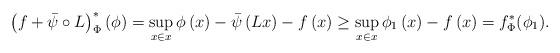
LaTeX: \begin{align*}\left(f+\bar{\psi}\circ L\right)^{*}_\Phi\left(\phi\right)=\sup_{x\in x}\phi\left(x\right)-\bar{\psi}\left(Lx\right)-f\left(x\right)\geq \sup_{x\in x}\phi_1 \left(x\right)-f\left(x\right)=f^*_\Phi (\phi_1).\end{align*}